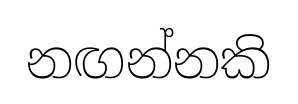
නඟන්නකි